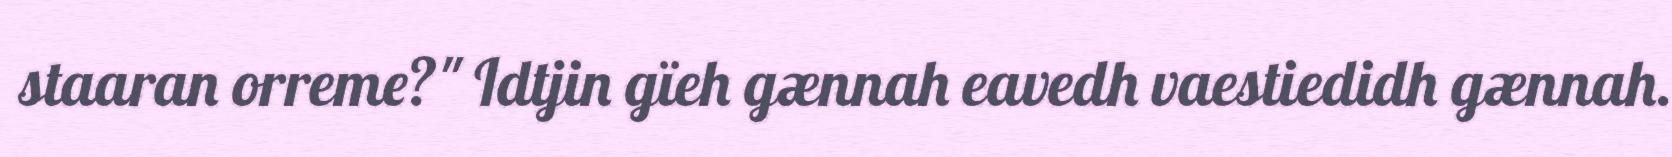
staaran orreme?" Idtjin gïeh gænnah eavedh vaestiedidh gænnah.